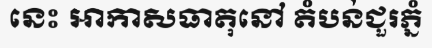
នេះ អាកាសធាតុនៅ តំបន់ជួរភ្នំ